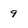
Character: 9